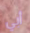
أبي